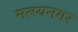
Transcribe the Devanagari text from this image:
मत्स्यनगर